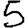
Digit: 5